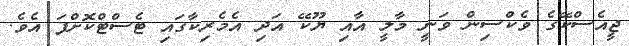
ޖީއެސްކޭގެ ވެކްސިން ވަނީ މާލީ އާއި ޔޫކޭ އަދި އެމެރިކާގައި ޓެސްޓްކޮށްފަ އެވެ.